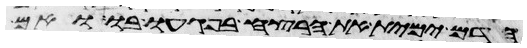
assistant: הדם ימית את הרצח בפגעו בו ואם